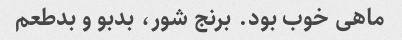
ماهی خوب بود. برنج شور، بدبو و بدطعم